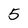
Character: 5